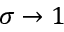
\sigma \to 1